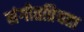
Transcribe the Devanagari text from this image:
संगीतप्रियता